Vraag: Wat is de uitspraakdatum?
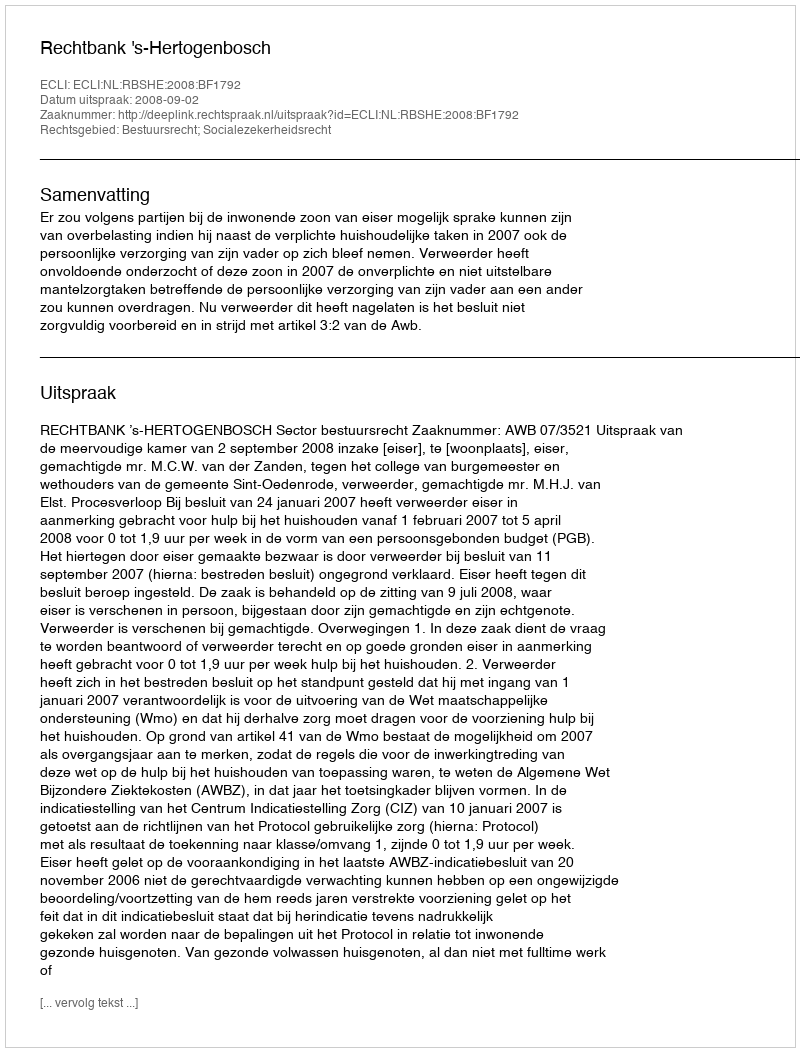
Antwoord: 2008-09-02